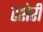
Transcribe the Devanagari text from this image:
टशेरी